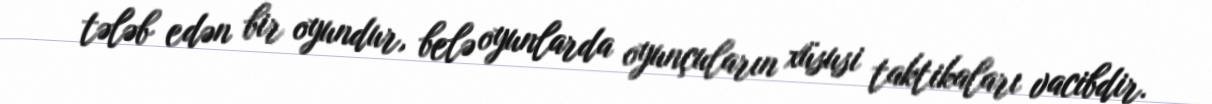
tələb edən bir oyundur, belə oyunlarda oyunçuların xüsusi taktikaları vacibdir.